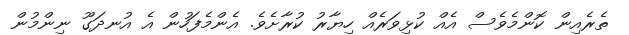
ތެރެއިން ކޮންމެވެސް އެއް ކުޅިވަރެއް ހިޔާރު ކުރާށެވެ. އެންމެފަހުން އެ އުނދަގޫ ނިންމުން